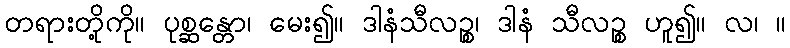
တရားတို့ကို။ ပုစ္ဆန္တော၊ မေး၍။ ဒါနံသီလဉ္စ၊ ဒါနံ သီလဉ္စ ဟူ၍။ လ၊ ။